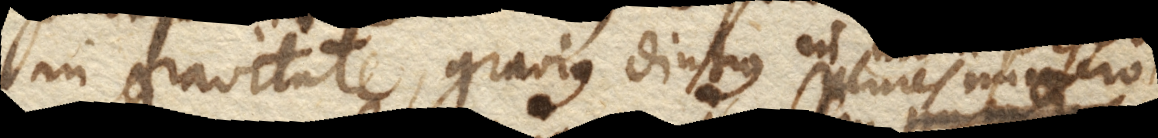
in gravitate, gravius diutius in